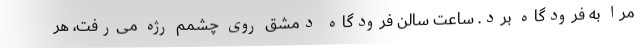
مرا به فرودگاه برد. ساعت سالن فرودگاه دمشق روی چشمم رژه می‌رفت، هر